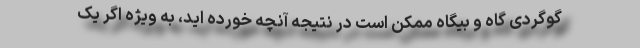
گوگردی گاه و بیگاه ممکن است در نتیجه آنچه خورده اید، به ویژه اگر یک